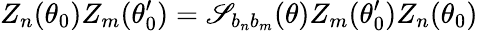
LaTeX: Z_{n}(\theta_{0})Z_{m}(\theta_{0}^{\prime})=\mathscr{S}_{b_{n}b_{m}}(\theta)Z_{m}(\theta_{0}^{\prime})Z_{n}(\theta_{0})